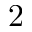
2